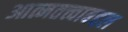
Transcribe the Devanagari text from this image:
आत्मतत्त्वाबद्दल